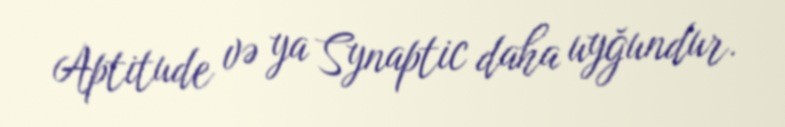
Aptitude və ya Synaptic daha uyğundur.